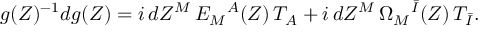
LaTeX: g ( Z ) ^ { - 1 } d g ( Z ) = i \, d Z ^ { M } \, E _ { M } { } ^ { A } ( Z ) \, T _ { A } + i \, d Z ^ { M } \, \Omega _ { M } { } ^ { \bar { I } } ( Z ) \, T _ { \bar { I } } .